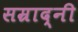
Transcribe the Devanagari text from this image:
सम्राद्नी